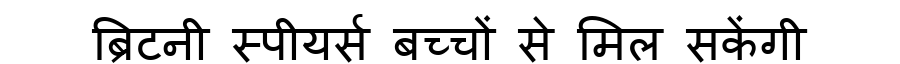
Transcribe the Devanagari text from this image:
ब्रिटनी स्पीयर्स बच्चों से मिल सकेंगी